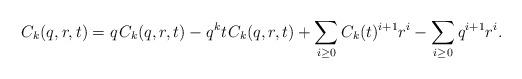
LaTeX: \begin{align*}C_k(q,r,t) = q \kern+1pt C_k(q,r,t) - q^k t \kern+1pt C_k(q,r,t) + \sum_{i \geq 0} C_k(t)^{i+1} r^i - \sum_{i \geq 0} q^{i+1} r^i.\end{align*}